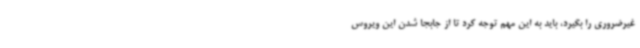
غیرضروری را بگیرد، باید به این مهم توجه کرد تا از جابجا شدن این ویروس